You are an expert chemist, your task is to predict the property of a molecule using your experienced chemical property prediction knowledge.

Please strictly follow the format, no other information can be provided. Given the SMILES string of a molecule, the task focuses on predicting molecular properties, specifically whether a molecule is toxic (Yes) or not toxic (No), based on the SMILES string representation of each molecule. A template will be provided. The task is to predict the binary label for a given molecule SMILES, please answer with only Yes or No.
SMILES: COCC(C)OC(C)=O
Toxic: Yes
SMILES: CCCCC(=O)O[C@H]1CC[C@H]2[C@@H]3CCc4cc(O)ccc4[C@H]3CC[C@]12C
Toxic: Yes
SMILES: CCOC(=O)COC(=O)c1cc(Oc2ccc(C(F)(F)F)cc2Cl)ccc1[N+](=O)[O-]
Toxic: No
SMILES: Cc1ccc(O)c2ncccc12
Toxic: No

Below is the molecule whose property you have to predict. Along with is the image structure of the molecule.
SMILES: Cc1nc2ccccc2c(=O)o1
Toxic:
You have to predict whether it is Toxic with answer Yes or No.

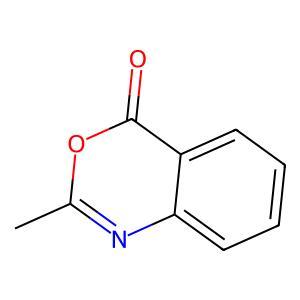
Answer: No